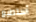
أستطيع